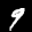
Label: 9